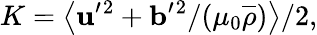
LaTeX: K=\left\langle{{\mathbf{u}}^{\prime}{}^{2}+{\mathbf{b}}^{\prime}{}^{2}/(\mu_{0}\overline{{\rho}})}\right\rangle/2,